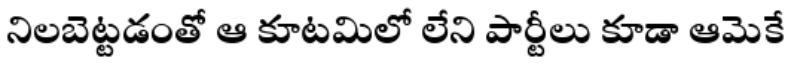
నిలబెట్టడంతో ఆ కూటమిలో లేని పార్టీలు కూడా ఆమెకే